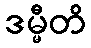
ဒမ္မီတိ